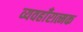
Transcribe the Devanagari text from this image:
व्यवहाँरात्मक